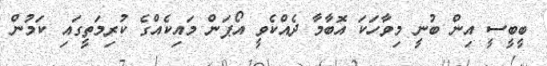
ބީބީސީ އިން ބުނީ މިވާހަކަ އޮބާމާ ދެއްކެވީ އޯޕަން މައިކެއްގެ ކުރިމަތީގައި ކަމުން